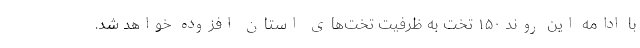
با ادامه این روند ۱۵۰ تخت به ظرفیت تخت‌های استان افزوده خواهد شد.